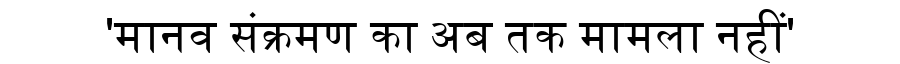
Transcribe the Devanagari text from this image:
'मानव संक्रमण का अब तक मामला नहीं'